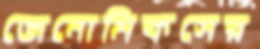
জেনোমিকসের